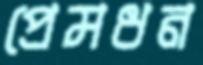
প্রেমধন